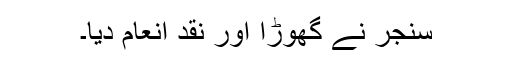
سنجر نے گھوڑا اور نقد انعام دیا۔